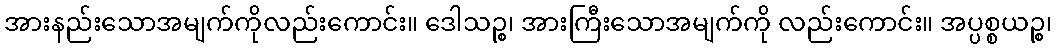
အားနည်းသောအမျက်ကိုလည်းကောင်း။ ဒေါသဉ္စ၊ အားကြီးသောအမျက်ကို လည်းကောင်း။ အပ္ပစ္စယဉ္စ၊